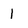
Character: 1